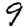
Digit: 9